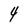
Character: 4